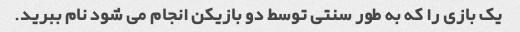
یک بازی را که به طور سنتی توسط دو بازیکن انجام می شود نام ببرید.